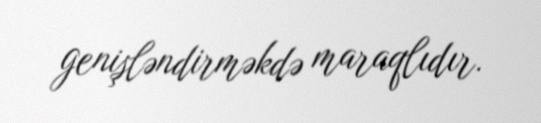
genişləndirməkdə maraqlıdır.